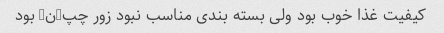
کیفیت غذا خوب بود ولی بسته بندی مناسب نبود زور چپ-ن- بود